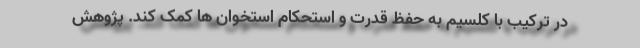
در ترکیب با کلسیم به حفظ قدرت و استحکام استخوان ها کمک کند. پژوهش